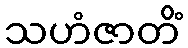
သဟံဇာတိံ